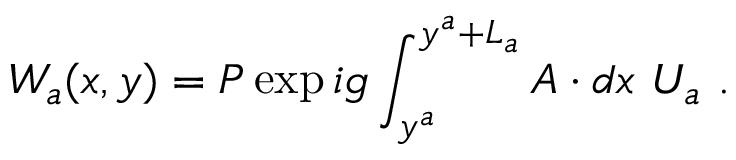
W _ { a } ( x , y ) = P \exp { i g \int _ { y ^ { a } } ^ { y ^ { a } + L _ { a } } A \cdot d x } ~ U _ { a } ~ .